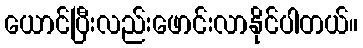
ယောင်ပြီးလည်းဖောင်းလာနိုင်ပါတယ်။